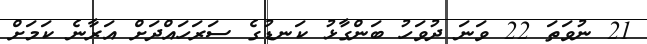
21 ނުވަތަ 22 ވަނަ ދުވަހު ބަންގާޅު ކަނޑުގެ ސަރަހައްދަށް އަރާނެ ކަމަށް